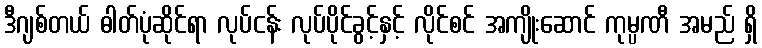
ဒီဂျစ်တယ် ဓါတ်ပုံဆိုင်ရာ လုပ်ငန်း လုပ်ပိုင်ခွင့်နှင့် လိုင်စင် အကျိုးဆောင် ကုမ္ပဏီ အမည် ရှိ